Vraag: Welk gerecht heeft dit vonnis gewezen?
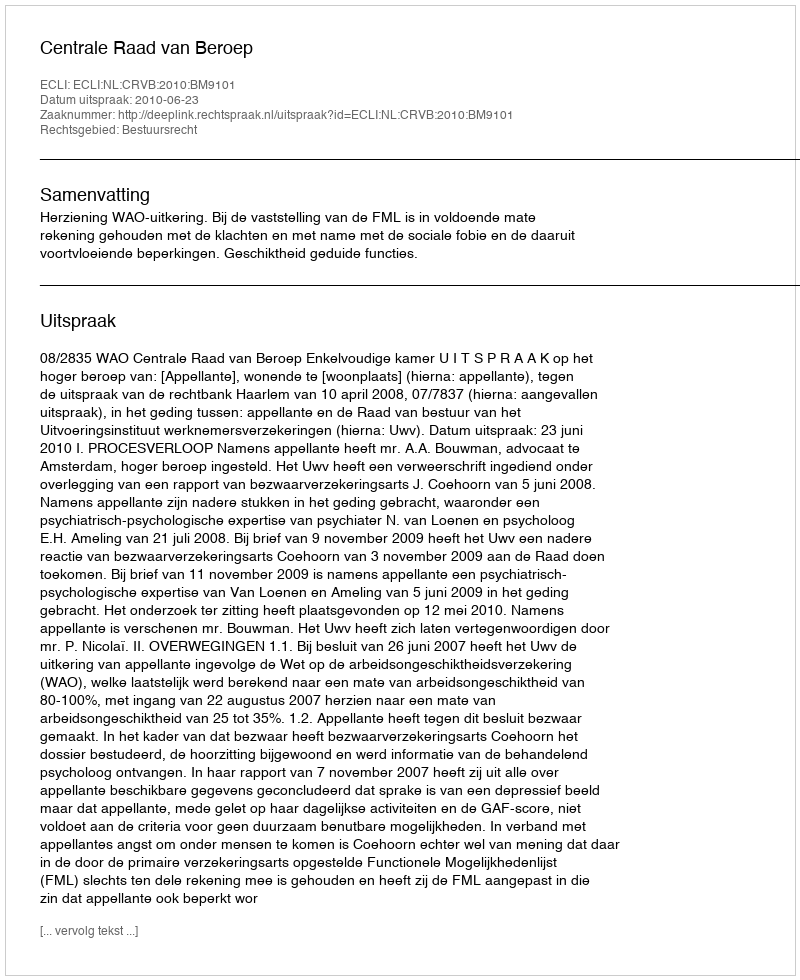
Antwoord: Centrale Raad van Beroep